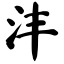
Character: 沣